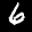
Label: 6